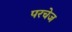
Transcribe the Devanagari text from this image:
परचेज